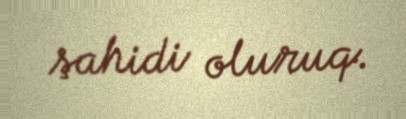
şahidi oluruq.